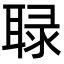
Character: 䎼